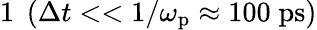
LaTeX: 1\; \left(\Delta t<<1/\omega_{\mathrm{p}}\approx 100\; \mathrm{ps}\right)